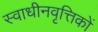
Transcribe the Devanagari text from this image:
स्वाधीनवृत्तिकों